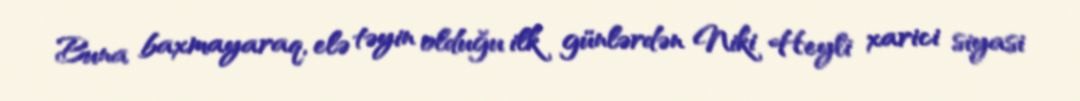
Buna baxmayaraq, elə təyin olduğu ilk günlərdən Niki Heyli xarici siyasi